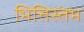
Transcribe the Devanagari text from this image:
भित्तिस्तंभ